Scientific memoirs by medical officers of the Army of India - Part XII,
Year: 1901
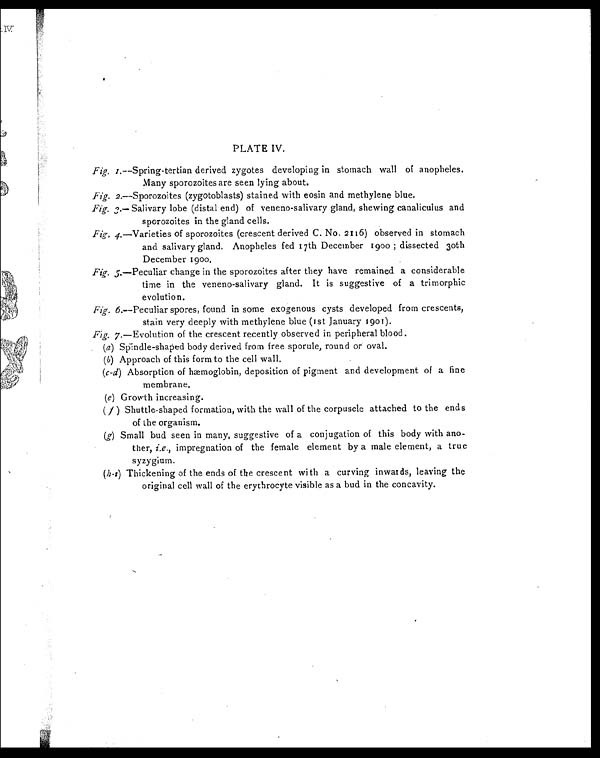
PLATE IV.
Fig. 1.—Spring-tertian derived zygotes developing in stomach wall of anopheles.
Many sporozoites are seen lying about.
Fig. 2.—Sporozoites (zygotoblasts) stained with eosin and methylene blue.
Fig. 3.— Salivary lobe (distal end) of veneno-salivary gland, shewing canaliculus and
sporozoites in the gland cells.
4.—Varieties of sporozoites (crescent derived C. No. 2116) observed in stomach
and salivary gland. Anopheles fed I7th December 1900 dissected 30th
December 1900.
Fig. 5.—Peculiar change in the sporozoites after they have remained a considerable
time in the veneno-salivary gland. It is suggestive of a trimorphic
evolution.
Fig. 6.—Peculiar spores, found in some exogenous cysts developed from crescents,
stain very deeply with methylene blue (1st January 1901).
Fig. 7.—Evolution of the crescent recently observed in peripheral blood.
(a) Spindle-shaped body derived from free sporule, round or oval.
(b) Approach of this form to the cell wall.
(c-d) Absorption of hae moglobin, deposition of pigment and development of a fine
membrane.
(e) Growth increasing.
( f ) Shuttle-shaped formation, with the wall of the corpuscle attached to the ends
of the organism.
(g) Small bud seen in many, suggestive of a conjugation of this body with ano-
ther, i.e., impregnation of the female element by a male element, a true
syzygium.
(h-t) Thickening of the ends of the crescent with a curving inwards, leaving the
original cell wall of the erythrocyte visible as a bud in the concavity.